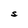
Character: S